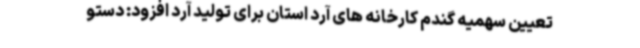
تعیین سهمیه گندم کارخانه های آرد استان برای تولید آرد افزود: دستو